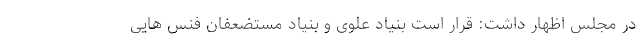
در مجلس اظهار داشت: قرار است بنیاد علوی و بنیاد مستضعفان فنس هایی